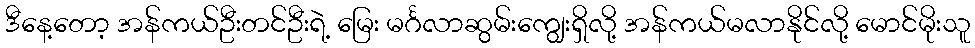
ဒီနေ့တော့ အန်ကယ်ဦးတင်ဦးရဲ့ မြေး မင်္ဂလာဆွမ်းကျွေးရှိလို့ အန်ကယ်မလာနိုင်လို့ မောင်မိုးသူ